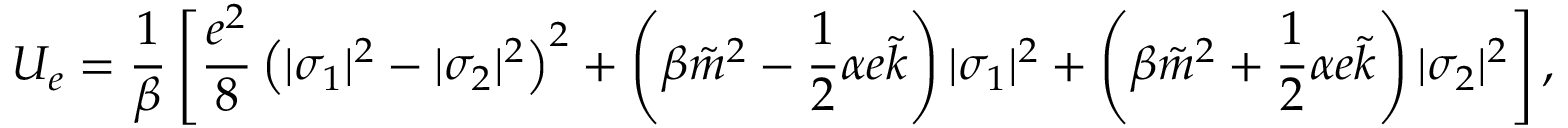
U _ { e } = \frac { 1 } { \beta } \left[ \frac { e ^ { 2 } } { 8 } \left( | \sigma _ { 1 } | ^ { 2 } - | \sigma _ { 2 } | ^ { 2 } \right) ^ { 2 } + \left( \beta \tilde { m } ^ { 2 } - \frac { 1 } { 2 } \alpha e \tilde { k } \right) | \sigma _ { 1 } | ^ { 2 } + \left( \beta \tilde { m } ^ { 2 } + \frac { 1 } { 2 } \alpha e \tilde { k } \right) | \sigma _ { 2 } | ^ { 2 } \right] ,